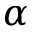
\alpha